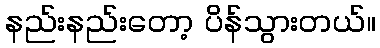
နည်းနည်းတော့ ပိန်သွားတယ်။